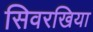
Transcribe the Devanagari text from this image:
सिवरखिया